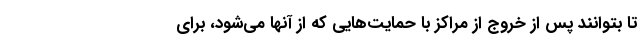
تا بتوانند پس از خروج از مراکز با حمایت‌هایی که از آنها می‌شود، برای